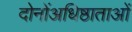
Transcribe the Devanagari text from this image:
दोनोंअधिष्ठाताओं